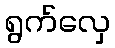
ရွက်လှေ